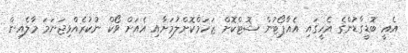
އެއީ ބޮޑީގާޑުންގެ އެހީގައި އެއާޕޯޓުން ޝޮޓްކޮށް ޒަހަމްކޮށްލުމަށާއި އެއަށް ވޯކް ނުކުރެއްވިޖަނަމަ މާލެއިން